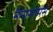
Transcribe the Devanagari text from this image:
नैनोसीमेंस